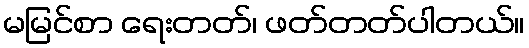
မမြင်စာ ရေးတတ်၊ ဖတ်တတ်ပါတယ်။